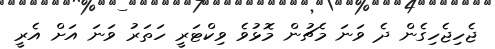
ޖެހިޖެހިގެން ދެ ވަނަ މެޗުން މޮޅުވެ ވިކްޓަރީ ހަތަރު ވަނަ އަށް އެރީ